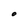
Character: O